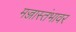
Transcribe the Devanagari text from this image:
मज्जास्तंभावर